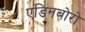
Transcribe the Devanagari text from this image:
एडिनबोरो